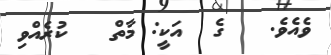
ވެއެވެ.   ގެ  އަކީ: މާތް   ކުރެއްވި